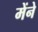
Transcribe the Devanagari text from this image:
मेंने